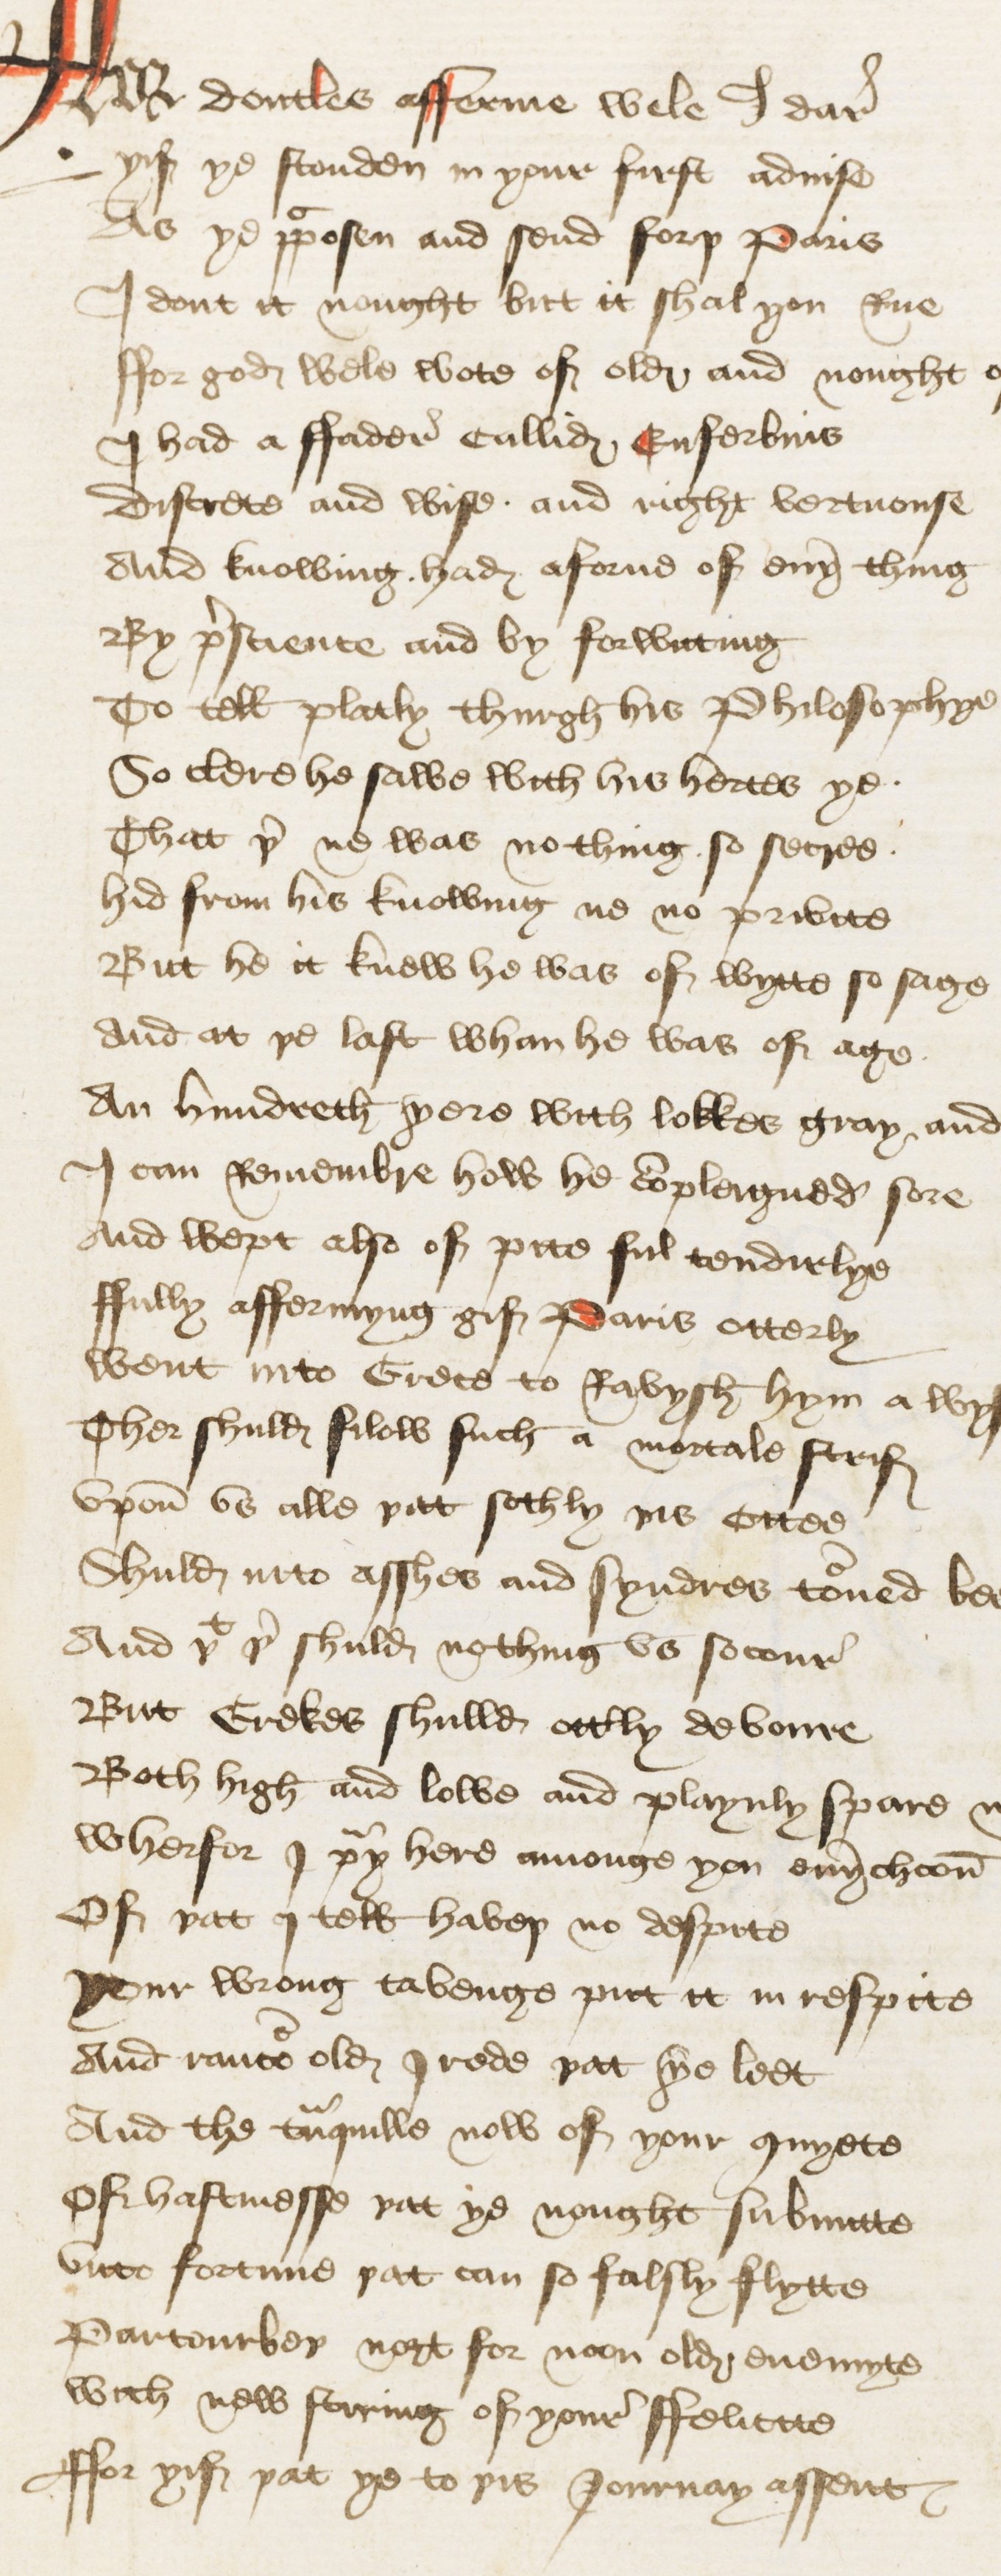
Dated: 1440–1460